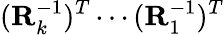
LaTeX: (\mathbf{R}_{k}^{-1})^{T}\cdots(\mathbf{R}_{1}^{-1})^{T}